Vaccination in Burma 1912-1922 - 1912-1922
Year: 1912
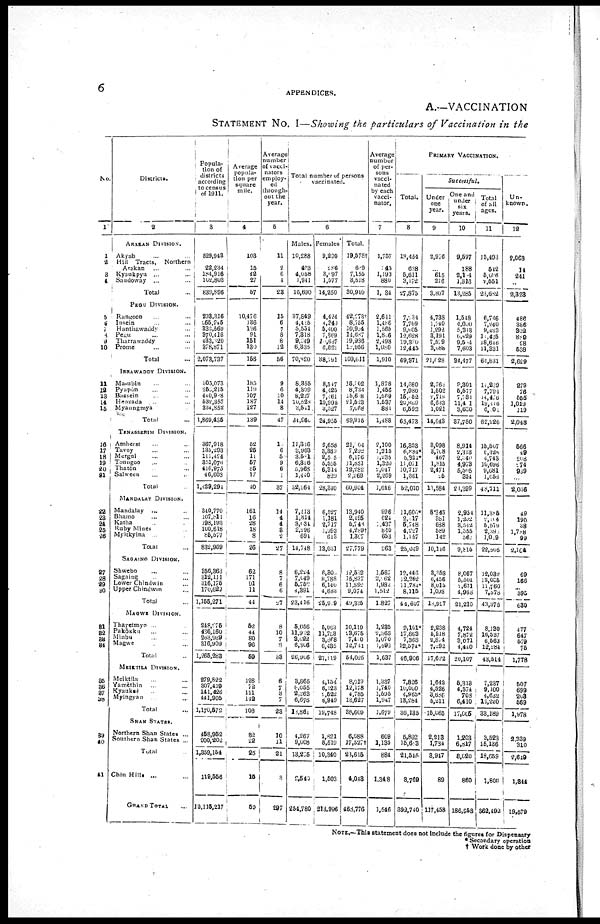
6
APPENDICES.
A.—VACCINATION
STATEMENT No. I—Showing the particulars of Vaccination in the
No
1
1
2
3
4
5
6
7
8
9
10
11
12
13 13
15
16
17
18
19
20
21
22
23
24
25
26
27
28
29
30
31
32
33
34
35
36
37
38
39
40
41
Districts.
2
ARAKAN DIVISION.
Akyab ... ...
Hill Tracts, Northern
Arakan ... ...
Kyaukpyu ... ...
Sandoway ... ... ...
Total ...
PEGU DIVISION.
Rangoon ...
Insein ...
Hanthawaddy ...
Pegu ... ...
Tharrawaddy ... ...
Prome ... ...
Total ...
IRRAWADDY DIVISION.
Ma-ubin ... ...
Pyapôn ... ...
Bassein ... ...
Bassein ... ...
Myaungmya ... ...
Total ...
TENASSERIM DIVISION.
Amherst ... ...
Tavoy ... ...
Mergui ... ...
Toungoo ... ...
Thatôn ... ...
Salween ... ...
Total ...
MANDALAY DIVISION.
Mandalay
... ...
Bhamo ... ...
Katha ... ...
Ruby Mines ... ...
Myitkyina ... ...
Total ...
SAGAINO DIVISION.
Shwebo ... ...
Sagaing ... ...
Lower Chindwin ... ...
Upper Chindwin ... ...
Total ...
MAGWE DIVISION.
Thayetmyo ... ...
Pakôkku ... ...
Minbo ... ...
Magwe ... ...
Total ...
MEIKTILA DIVISION.
Meiktila ... ...
Yamèthin ... ...
Kyauksè ... ...
Myingyan ... ...
Total ...
SHAN STATES.
Northern Shan States ...
Southern Shan States ...
Total ...
Chin Hills ...
GRAND TOTAL
...
Popula-
tion of
districts
according
to census
of 1911.
i
3
529,943
22,234
184,916
102,803
839,896
293,316
265,246
332,569
370,416
433,020
378,871
2,073,737
305,073
250,215
440,908
532,357
334,852
1,869,435
367,918
135,293
111,424
351,076
416,975
46,608
1,429,294
310,770
107,811
198,193
100,618
85,577
832,969
356,363
312,111
316,175
170,622
1,155,271
248,275
436,160
203,939
316,909
1,265,283
279,822
307,419
141,426
441,905
1,170,572
458,952
900,202
1,359,154
119,556
12,115,217
Average
popula-
tion per
square
mile.
4
103
15
42
27
57
10,476
136
196
91
151
130
156
185
119
107
187
127
139
52
25
11
57
85
17
40
161
16
28
18
8
26
62
171
91
11
44
52
44
80
96
59
128
72
111
142
108
82
22
25
15
52
Average
number
of vacci-
nators
employ-
ed
through
out the
year.
5
11
2
6
4
23
15
6
7
8
8
12
56
9
6
10
14
8
47
1
6
5
9
6
1
37
14
4
4
3
2
27
8
7
6
6
27
8
10
7
3
33
6
7 3
7
23
10
11
21
3
297
Total number of persons
vaccinated.
6
Males.
10,288
403
4,058
1,941
16,690
37,849
4,415
5,551
7,318
9,049
6,335
70,820
8,355
4,309
8,227
10,528
3,541
34,960
11,316
3,903
3,581
6,326
5,968
1,440
32,564
7,113
1,314
3,034
2,296
694
14,748
6,224
7,049
5,750
4,391
23,416
5,056
11,922
3,022
6,306
26,906
3,865
6,055
2,263
6,678
10,861
4,267
9,008
13,275
2,540
254,780
Females
9,230
186
3,097
1,577
14,250
4,424
4,340
5,400
7,869
10,687
6,621
38,791
8,547
4,425
7,461
10,995
3,527
34,955
9,658
3,389
2,505
5,555
6,314
829
28,340
6,527
1,181
2,717
1,393
613
13,081
6,300
8,788
6,140
4,688
25,909
5,063
11,753
3,868
6,435
27,119
4,154
6,123
2,522
6,949
19,748
1,821
8,519
10,340
1,503
213,996
Total.
19,578†
609
7,155
3,518
30,940
42,073†
8,755
10,904
14,687
19,986
12,956
109,611
16,002
8,734
15,608
21,523
7,068
69,915
21,004
7,292
6,176
11,831
12,282
2,269
60,904
13,940
2,495
6,748
4,289†
1,307
27,779
12,582
15,837
11,892
9,074
49,305
10,110
23,675
7,400
12,741
54,025
8,019
12,178
4,785
13,627
38,600
6,088
17,527†
20,615
4,048
468,776
Average
number
of per-
sons
vacci-
nated
by each
vacci-
nator.
7
1,757
145
1,193
880
1,084
2,641
1,486
1,565
1,806
2,498
1,080
1,910
1,878
1,456
1,569
1,537
881
1,488
2,100
1,215
1,235
1,320
2,047
2,269
1,616
996
624
1,437
840
653
963
1,567
2,062
1,982
1,512
1,827
1,235
2,368
1,070
l,093
1,637
1,337
1,740
1,595
1,947
1,679
609
1,135
884
1,348
1,546
PRIMARY VACCINATION.
Total.
8
18,454
608
5,611
3,172
27,875
7,234
7,769
9,905
12,628
19,300
12,445
69,371
14,680
7,980
15,052
20,809
6,592
65,473
16,353
6,884*
5,324*
11,071
10,717
1,661
52,010
11,600*
2,017
5,748
4,227
1,157
25,049
12,446
12,262
11,784*
8,115
44,607
9,101*
17,863
7,368
12,574*
46,906
7,826
10,060
4,965*
13,284
36,135
5,862
15,603
21,545
3,769
392,740
Successful.
Under
one
year.
9
2,976
...
615
216
3,807
4,738
1,740
1,292
3,191
7,509
3,088
21,028
2,768
1,502
2,719
6,633
1,021
14,643
3,098
3,708
467
1,815
2,471
5
11,584
8,346
381
688
589
142
10,146
3,058
6,456
8,015
1,098
18,927
2,238
5,218
2,804
7,292
17,622
1,640
4,526
3,686
5,211
15,065
2,213
1,734
8,947
89
117,458
One and
under
six
years.
10
9,597
188
2,104
1,316
10,285
1,548
4,000
5,313
6,429
9,504
7,603
34,477
8,301
5,577
7,781
11,401
3,620
37,780
8,914
2,313
2,040
4,973
5,505
354
24,399
2,954
1,202
3,542
1,555
562
9,815
8,067
5,504
2,671
4,968
21,210
4,724
7,872
3,071
4,440
20,107
5,318
4,574
708
6,410
17,005
1,203
6,817
8,020
860
186,958
Total
of all
ages.
11
15,493
512
5,086
2,651
23,682
6,746
7,240
9,433
11,425
18,646
11,331
64,881
14,239
7,781
14,476
19,416
6,001
62,226
15,507
6,425
4,743
10,696
9,081
l,655
48,711
11,385
2,004
5,579
2,089
1,009
22,505
12,032
12,005
11,760
7,070
43,475
8,130
16,537
6,563
12,284
43,514
7,237
9,100
4,632
13,220
33,189
3,523
15,136
18,659
1,800
362,492
Un-
known,
12
2,068
14
241
...
2,323
486
386
302
889
28
538
2,629
279
76
555
1,019
119
2,048
566
49
208
274
939
...
2,036
49
190
38
1,788
99
2,164
69
166
...
395
630
477
647
579
75
1,778
507
699
203
569
1,978
2,339
310
2,649
1,344
19,579
NOTE. —This statement does not Include the figures for Dispensary
* Secondary operation
† Work done by other